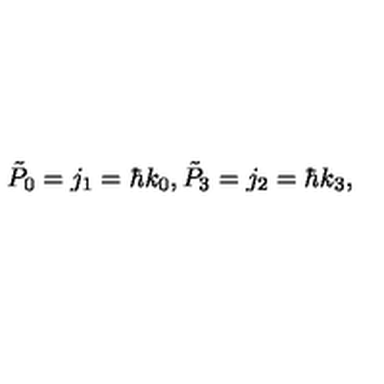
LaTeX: \tilde { P } _ { 0 } = j _ { 1 } = \hbar k _ { 0 } , \tilde { P } _ { 3 } = j _ { 2 } = \hbar k _ { 3 } ,